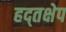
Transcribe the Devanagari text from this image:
हद्तक्षेप